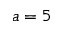
a = 5